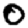
Digit: 0